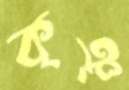
কৃঞ্